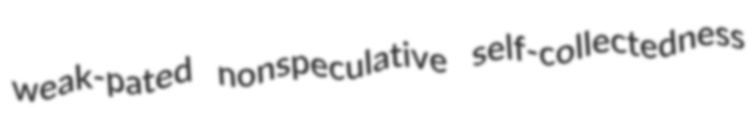
weak-pated nonspeculative self-collectedness